Report of the Indian Hemp Drugs Commission, 1894-1895 - Volume VIII
Year: 1894
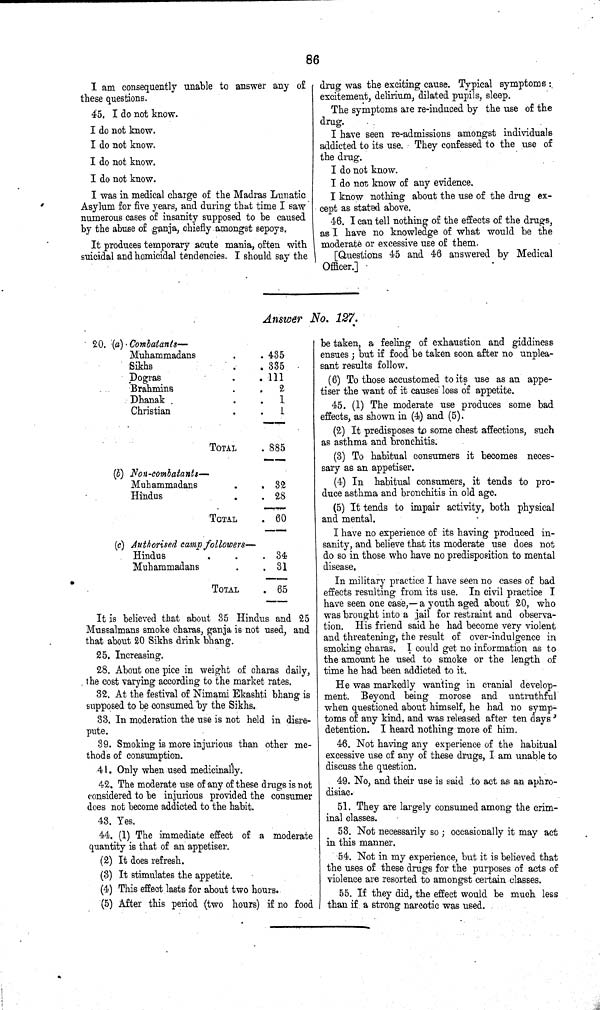
86
I am consequently unable to answer any of
these questions.
45. I do not know.
I do not know.
I do not know.
I do not know.
I do not know.
I was in medical charge of the Madras Lunatic
Asylum for five years, and during that time I saw
numerous cases of insanity supposed to be caused
by the abuse of ganja, chiefly amongst sepoys.
It produces temporary acute mania, often with
suicidal and homicidal tendencies. I should say the
drug was the exciting cause. Typical symptoms:
excitement, delirium, dilated pupils, sleep.
The symptoms are re-induced by the use of the
drug.
I have seen re-admissions amongst individuals
addicted to its use. They confessed to the use of
the drug.
I do not know.
I do not know of any evidence.
I know nothing about the use of the drug ex-
cept as stated above.
46. I can tell nothing of the effects of the drugs,
as I have no knowledge of what would be the
moderate or excessive use of them.
[Questions 45 and 46 answered by Medical
Officer.]
Answer No. 127
20. (a) Combatants—
Muhammadans
435
Sikhs
335
Dogras
111
Brahmins
2
Dhanak
1
Christian
1
TOTAL
885
(b) Non-combatants—
Muhammadans
32
Hindus
28
TOTAL
60
(c) Authorised camp followers—
Hindus
34
Muhammadans
31
TOTAL
65
It is believed that about 35 Hindus and 25
Mussalmans smoke charas, ganja is not used, and
that about 20 Sikhs drink bhang.
25. Increasing.
28. About one pice in weight of charas daily,
the cost varying according to the market rates.
32. At the festival of Nimami Ekashti bhang is
supposed to be consumed by the Sikhs.
33. In moderation the use is not held in disre-
pute.
39. Smoking is more injurious than other me-
thods of consumption.
41. Only when used medicinally.
42. The moderate use of any of these drugs is not
considered to be injurious provided the consumer
does not become addicted to the habit.
43. Yes.
44. (1) The immediate effect of a moderate
quantity is that of an appetiser.
(2) It does refresh.
(3) It stimulates the appetite.
(4) This effect lasts for about two hours.
(5) After this period (two hours) if no food
be taken, a feeling of exhaustion and giddiness
ensues; but if food be taken soon after no unplea-
sant results follow.
(6) To those accustomed to its use as an appe-
tiser the want of it causes loss of appetite.
45. (1) The moderate use produces some bad
effects, as shown in (4) and (5).
(2) It predisposes to some chest affections, such
as asthma and bronchitis.
(3) To habitual consumers it becomes neces-
sary as an appetiser.
(4) In habitual consumers, it tends to pro-
duce asthma and bronchitis in old age.
(5) It tends to impair activity, both physical
and mental.
I have no experience of its having produced in-
sanity, and believe that its moderate use does not
do so in those who have no predisposition to mental
disease.
In military practice I have seen no cases of bad
effects resulting from its use. In civil practice I
have seen one case,— a youth aged about 20, who
was brought into a jail for restraint and observa-
tion. His friend said he had become very violent
and threatening, the result of over-indulgence in
smoking charas. I could get no information as to
the amount he used to smoke or the length of
time he had been addicted to it.
He was markedly wanting in cranial develop-
ment. Beyond being morose and untruthful
when questioned about himself, he had no symp-
toms of any kind, and was released after ten days'
detention. I heard nothing more of him.
46. Not having any experience of the habitual
excessive use of any of these drugs, I am unable to
discuss the question.
49. No, and their use is said to act as an aphro-
disiac.
51. They are largely consumed among the crim-
inal classes.
53. Not necessarily so; occasionally it may act
in this manner.
54. Not in my experience, but it is believed that
the uses of these drugs for the purposes of acts of
violence are resorted to amongst certain classes.
55. If they did, the effect would be much less
than if a strong narcotic was used.